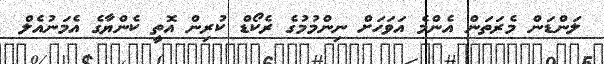
ލަންޑަން މެރަތަން އެންމެ އަވަހަށް ނިންމުމުގެ ރެކޯޑް ކުރިން އޮތީ ކެންޔާގެ އެމަނުއެލް